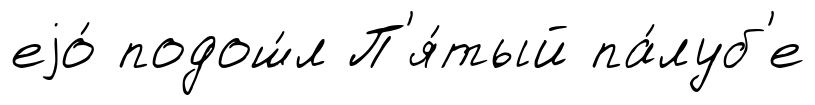
еjо́ подош́л П'я́тый па́луб'е